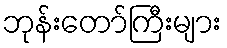
ဘုန်းတော်ကြီးများ